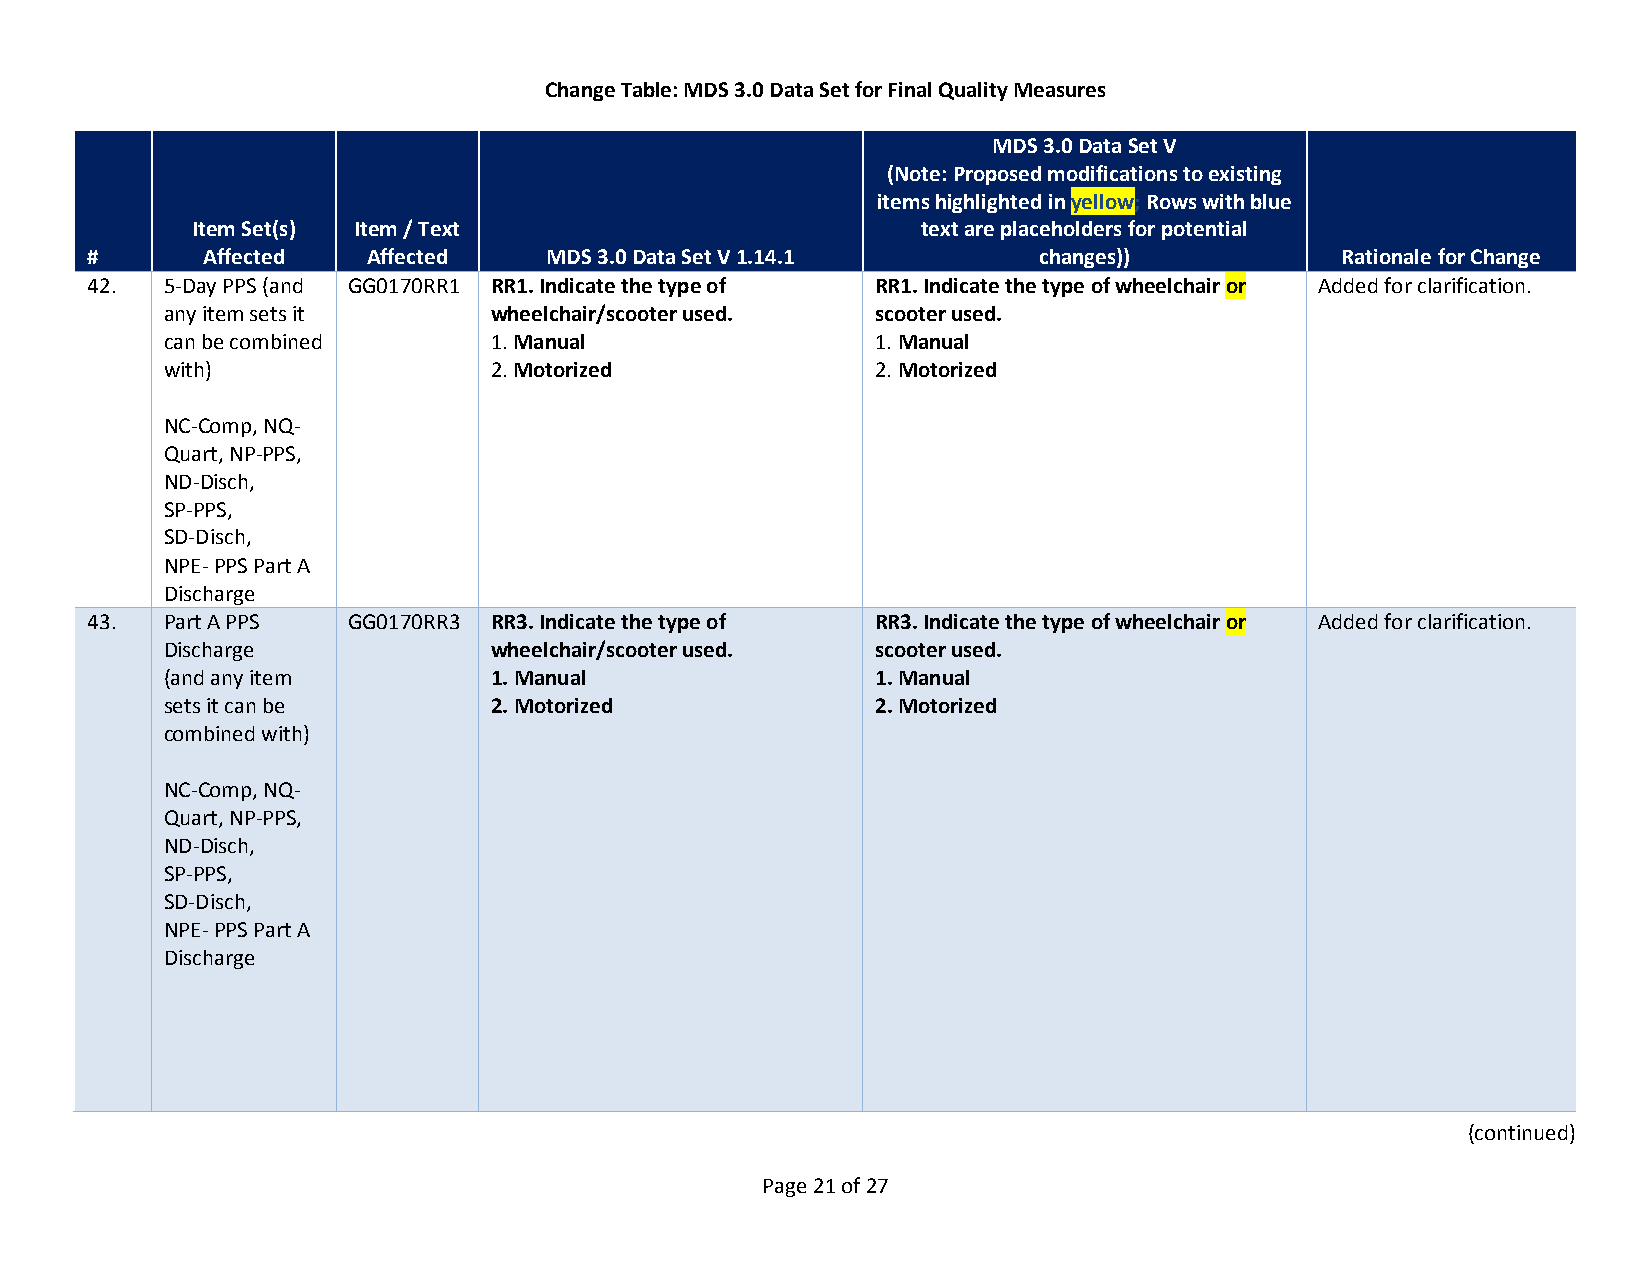
Change Table: MDS 3.0 Data Set for Final Quality Measures
 MDS 3.0 Data Set V
 (Note: Proposed modifications to existing
 items highlighted in yellow; Rows with blue
 Item Set(s) Item / Text                         text are placeholders for potential
 #      Affected   Affected    MDS 3.0 Data Set V 1.14.1        changes))           Rationale for Change
 42.  5-Day PPS (and GG0170RR1 RR1. Indicate the type of RR1. Indicate the type of wheelchair or Added for clarification.
 any item sets it     wheelchair/scooter used.  scooter used.
 can be combined      1. Manual                 1. Manual
 with)                2. Motorized              2. Motorized
 NC-Comp, NQ-
 Quart, NP-PPS,
 ND-Disch,
 SP-PPS,
 SD-Disch,
 NPE- PPS Part A
 Discharge
 43.  Part A PPS  GG0170RR3 RR3. Indicate the type of RR3. Indicate the type of wheelchair or Added for clarification.
 Discharge            wheelchair/scooter used.  scooter used.
 (and any item        1. Manual                 1. Manual
 sets it can be       2. Motorized              2. Motorized
 combined with)
 NC-Comp, NQ-
 Quart, NP-PPS,
 ND-Disch,
 SP-PPS,
 SD-Disch,
 NPE- PPS Part A
 Discharge
 (continued)
 Page 21 of 27